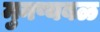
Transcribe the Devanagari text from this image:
मुनष्यबळ